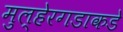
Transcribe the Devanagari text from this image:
मुल्हेरगडाकडे